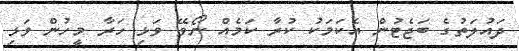
ދައުލަތުގެ ބަޖެޓުން އެކަމަކު ކުރާ ކަމެއް ނޯވޭ ވަޅި ހަރާ މީހުން ވަޅި